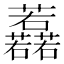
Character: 䖃